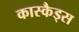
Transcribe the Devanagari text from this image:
कास्कैड्स